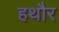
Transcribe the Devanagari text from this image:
हथौर